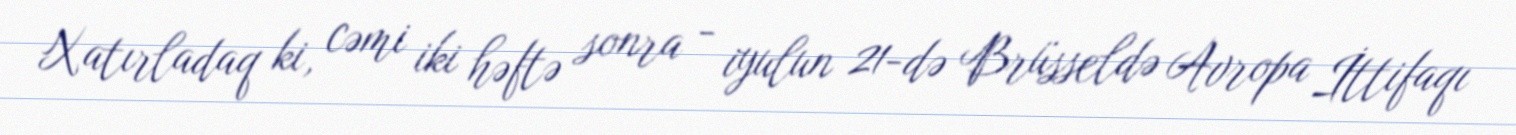
Xatırladaq ki, cəmi iki həftə sonra - iyulun 21-də Brüsseldə Avropa İttifaqı